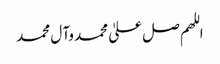
اللھم صل علیٰ محمد وآ ل محمد